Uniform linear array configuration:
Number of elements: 12
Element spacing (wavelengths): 0.25
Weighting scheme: cosine
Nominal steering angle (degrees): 15
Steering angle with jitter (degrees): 15.27
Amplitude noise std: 0.05
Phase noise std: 0.05

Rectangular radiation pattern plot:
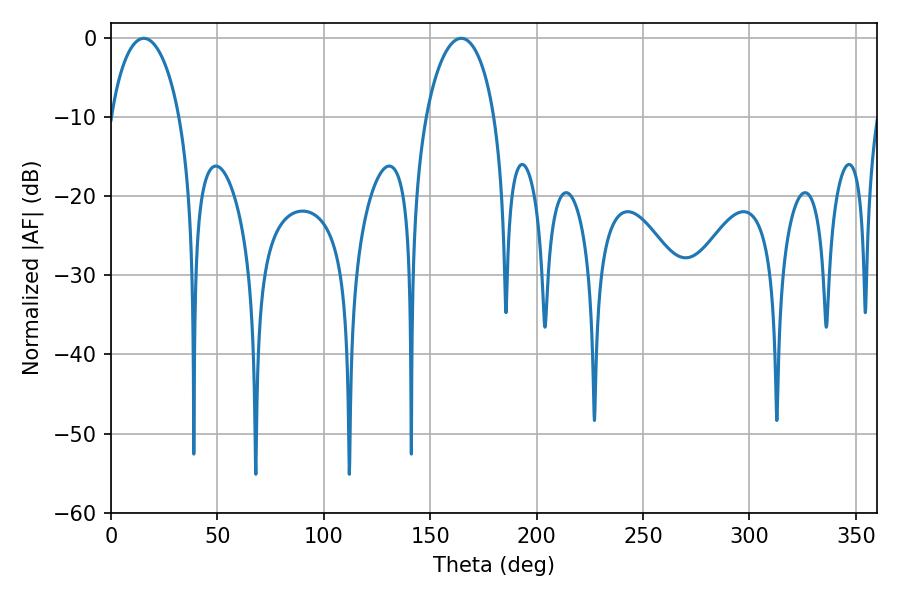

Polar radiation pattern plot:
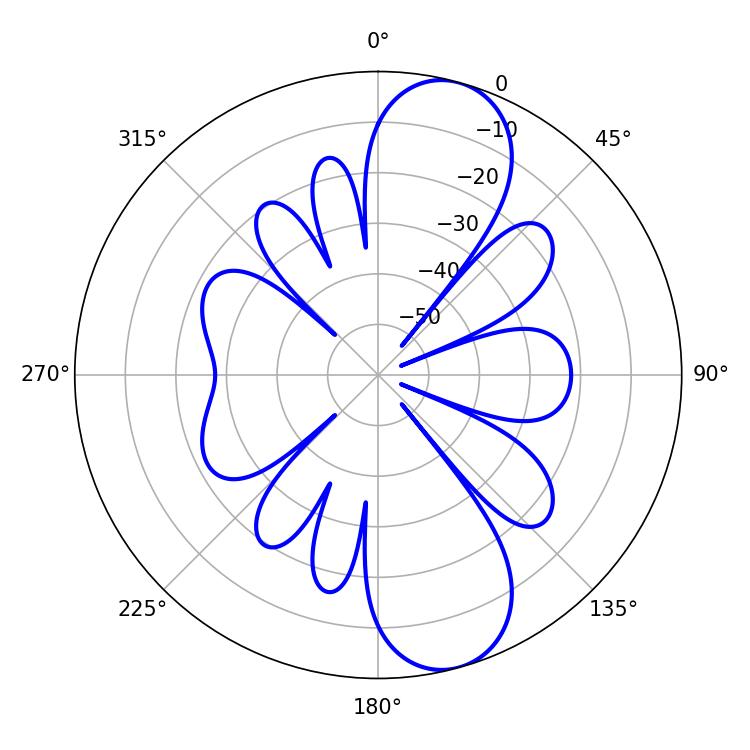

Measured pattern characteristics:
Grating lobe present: FALSE
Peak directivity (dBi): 10.384
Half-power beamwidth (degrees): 18.54
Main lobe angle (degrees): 164.52